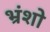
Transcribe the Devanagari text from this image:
भ्रंशो